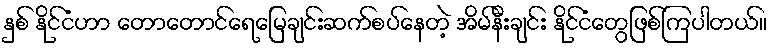
နှစ် နိုင်ငံဟာ တောတောင်ရေမြေချင်းဆက်စပ်နေတဲ့ အိမ်နီးချင်း နိုင်ငံတွေဖြစ်ကြပါတယ်။